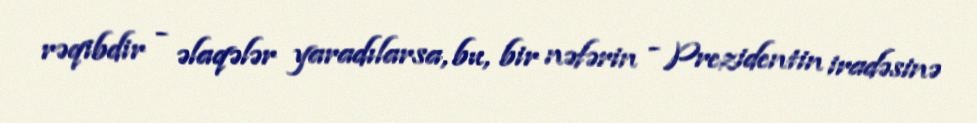
rəqibdir - əlaqələr yaradılarsa, bu, bir nəfərin - Prezidentin iradəsinə